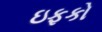
ઇફકો